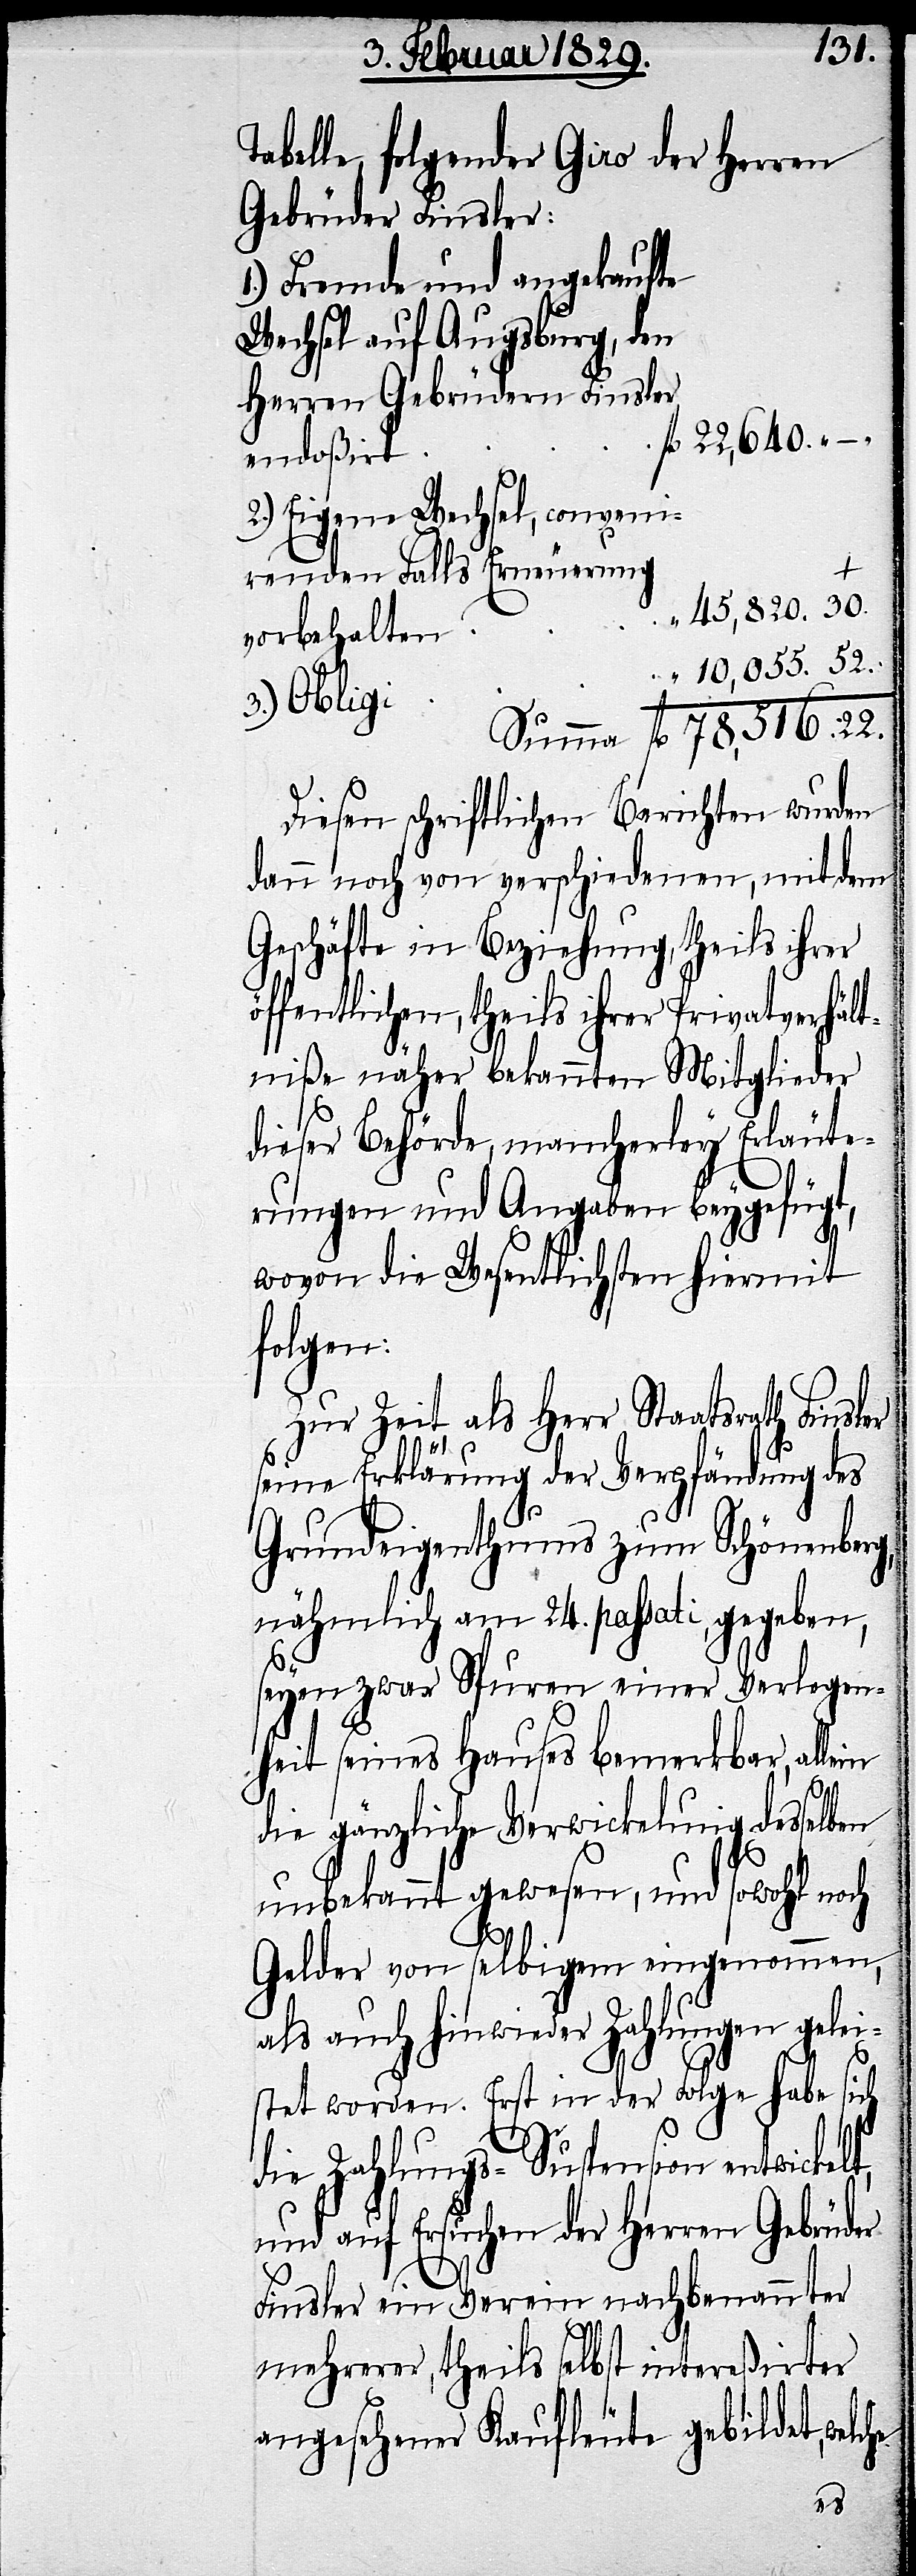
Tabelle, folgender Giro der Herren
Gebrüder Finsler:
1.) Fremde und angekaufte
Wechsel auf Augsburg, den
Herren Gebrüdern Finsler
22,640. – .
fl.
endoßiert .
2.) Eigene Wechsel, conveni¬
renden Falls Erneuerung
“ 45,820. 30.
vorbehalten .
10,055. 52.
3.) Obligi .
Summa fl. 78,516. 22.
Diesen schriftlichen Berichten wurden
dann noch von verschiedenen, mit dem
Geschäfte in Beziehung, theils ihrer
öffentlichen, theils ihrer Privatverhält¬
niße näher bekannten Mitglieder
dieser Behörde, mancherley Erläute¬
rungen und Angaben beygefügt,
wovon die Wesentlichen hiermit
folgen:
Zur Zeit als Herr Staatsrath Finsl¬
seine Erklärung der Verpfändung des
Grundeigenthums zum Schönenberg,
nähmlich am 24. passati, gegeben,
he
seyen zwar Spuren einer Verlegen¬
heit seines Hauses bemerkbar, al¬
lein
die gänzliche Verwicklung desselben
unbekannt gewesen, und sowohl noch
Gelder von selbigem eingenommen,
als auch hinwieder Zahlungen gelei¬
stet worden. Erst in der Folge habe sich
die Zahlungs-Suspension entwickel¬
und auf Ersuchen der Herren Gebrüder
Finsler ein Verein nachbenannter
mehrerer, theils selbst intereßirter
angesehener Kaufleute gebildet, welc¬